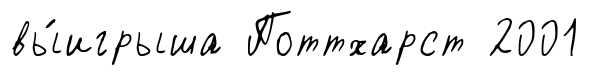
вы́игрыша Поттхарст 2001